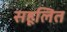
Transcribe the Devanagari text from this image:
सहूलित